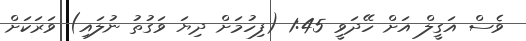
ވެސް އަގީލް އަށް ހޭދަވީ 1:45 (ފިހުމަށް ދިޔަ ވަގުތު ނުލައި) ވަރަކަށް